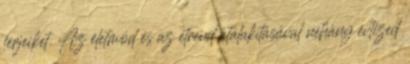
férjeiket. Az életmód és az étrend átalakításával néhány évtized